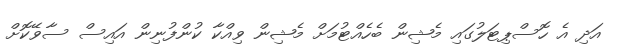
އަދި އެ ހޮސްޕިޓަލުގައި މެޝިން ބެހެއްޓުމަށް މެޝިން ވިއްކާ ކުންފުނިން އައިސް ސާވޭކޮށް